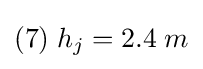
(7)\;h_{j}=2.4\;m